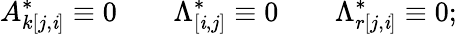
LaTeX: A_{k[j,\mathit{i}]}^{*}\equiv0\qquad\Lambda_{[\mathit{i},j]}^{*}\equiv0\qquad\Lambda_{r[j,\mathit{i}]}^{*}\equiv0;